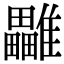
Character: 𩁜